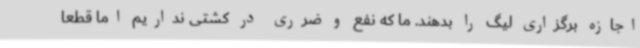
اجازه برگزاری لیگ را بدهند. ما که نفع و ضرری در کشتی نداریم اما قطعا